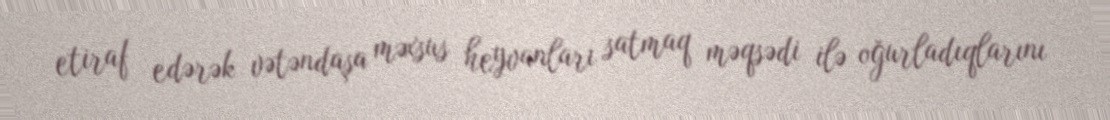
etiraf edərək vətəndaşa məxsus heyvanları satmaq məqsədi ilə oğurladıqlarını